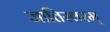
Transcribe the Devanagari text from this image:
जातिस्वरम्